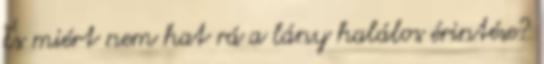
És miért nem hat rá a lány halálos érintése?